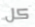
كل